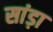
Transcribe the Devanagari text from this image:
सांड़ा